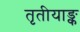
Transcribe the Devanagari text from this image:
तृतीयाङ्क